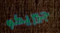
جيريكو